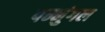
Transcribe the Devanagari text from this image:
पन्नुंगल